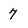
Character: 7